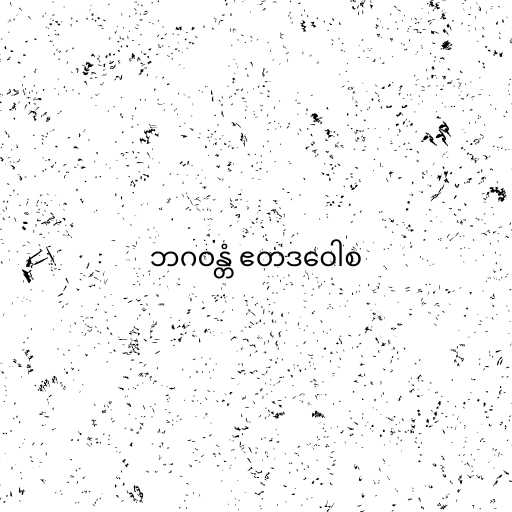
ဘဂဝန္တံ ဧတဒဝေါစ